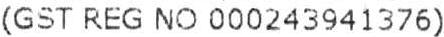
(GST REG NO 000243941376)